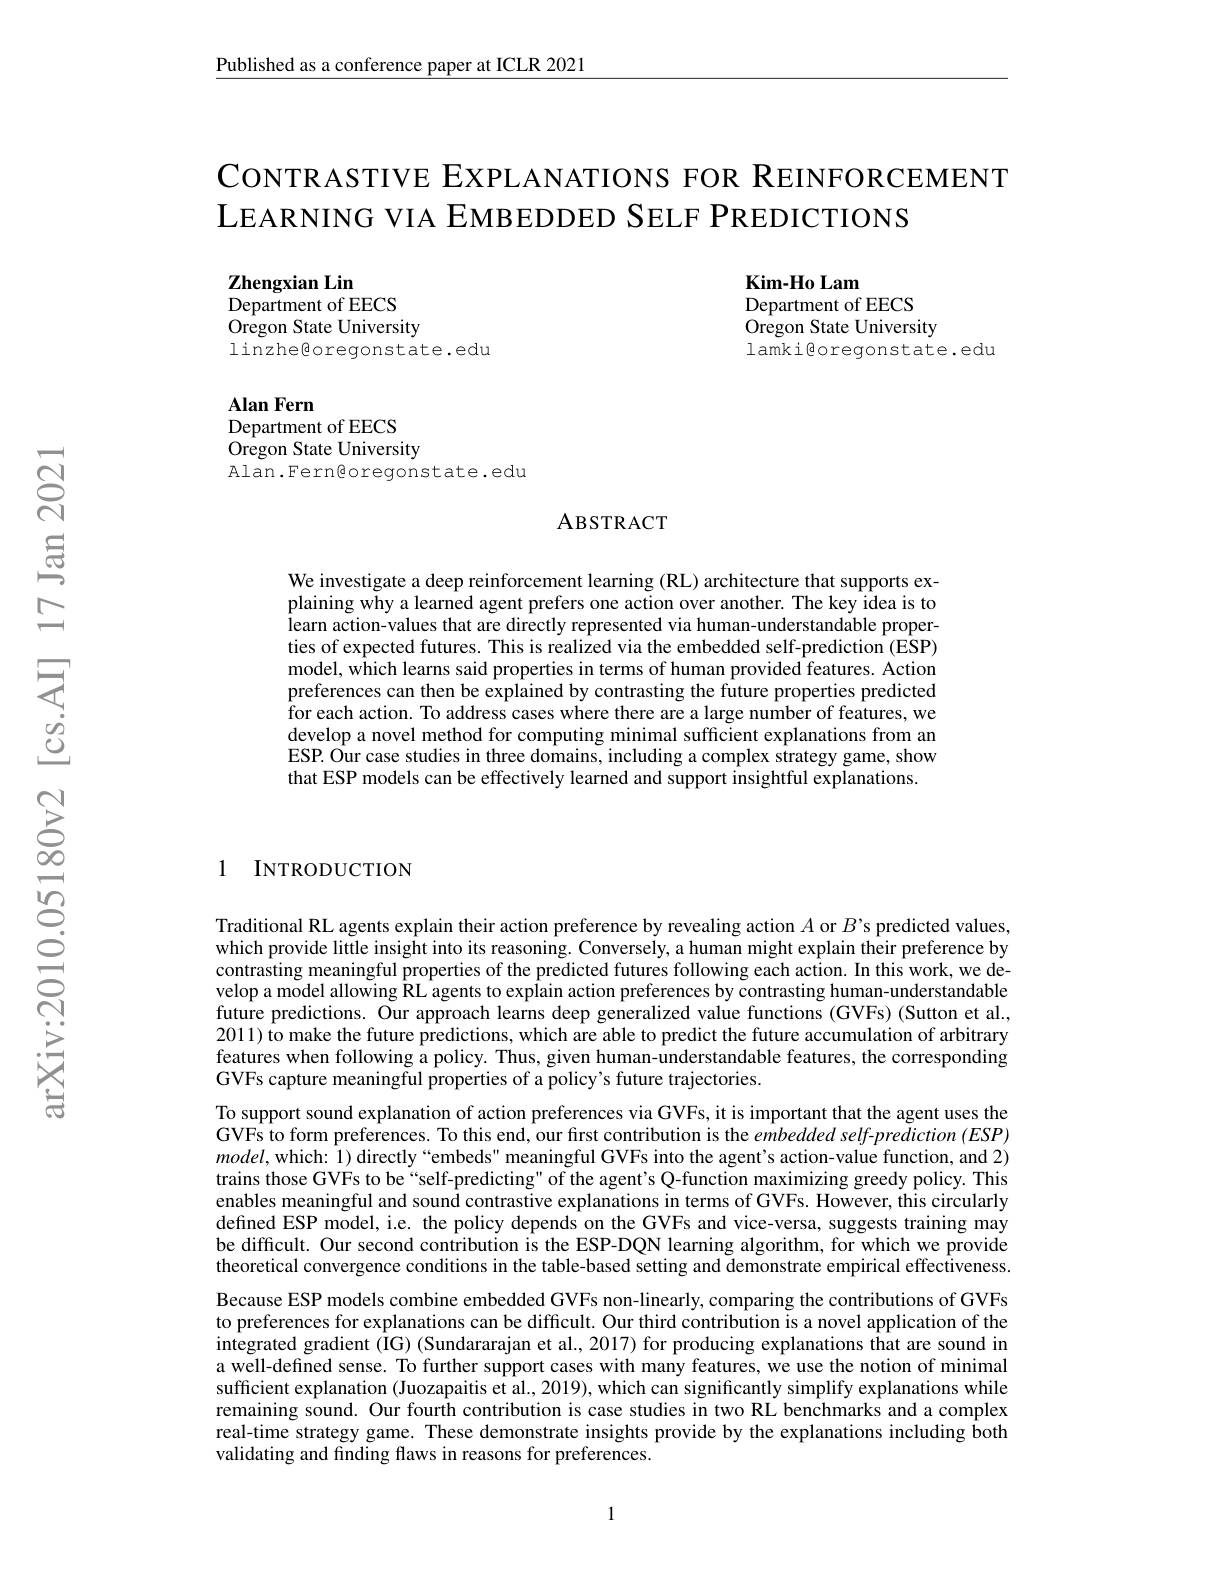
Published as a conference paper at ICLR 2021

CoNTRASTIVE EXPLANATIONS FOR REINFORCEMENT
LEARNING VIA EMBEDDED SELF PREDICTIONS

Kim-Ho Lam
Department of EECS
Oregon State University
lamkigoregonstate.edu

Zhengxian Lin
Department of EECS
Oregon State University
linzheßoregonstate.edu

Alan Fern
Department of EECS Oregon State University Alan.Ferngoregonstate.edu

### ABSTRACT

We investigate a deep reinforcement learning (RL) architecture that supports explaining why a learned agent prefers one action over another. The key idea is to learn action-values that are directly represented via human-understandable properties of expected futures. This is realized via the embedded self-prediction (ESP) model, which learns said properties in terms of human provided features. Action preferences can then be explained by contrasting the future properties predicted for each action. To address cases where there are a large number of features, we develop a novel method for computing minimal sufficient explanations from an ESP. Our case studies in three domains, including a complex strategy game, show that ESP models can be effectively learned and support insightful explanations.

1 INTRODUCTION

Traditional RL agents explain their action preference by revealing action $A$ or $B’$s predicted values, which provide little insight into its reasoning. Conversely, a human might explain their preference by contrasting meaningful properties of the predicted futures following each action. In this work, we develop a model allowing RL agents to explain action preferences by contrasting human-understandable future predictions. Our approach learns deep generalized value functions (GVFs) (Sutton et al., 2011) to make the future predictions, which are able to predict the future accumulation of arbitrary features when following a policy. Thus, given human-understandable features, the corresponding GVFs capture meaningful properties of a policy's future trajectories.
To support sound explanation of action preferences via GVFs, it is important that the agent uses the GVFs to form preferences. To this end, our first contribution is the embedded self-prediction (ESP) $model$,which: 1) directly“embeds" meaningful GVFs into the agent's action-value function, and 2) trains those GVFs to be“self-predicting" of the agent's Q-function maximizing greedy policy. This enables meaningful and sound contrastive explanations in terms of GVFs. However, this circularly defined ESP model, i.e. the policy depends on the GVFs and vice-versa, suggests training may be difficult. Our second contribution is the ESP-DQN learning algorithm, for which we provide theoretical convergence conditions in the table-based setting and demonstrate empirical effectiveness. Because ESP models combine embedded GVFs non-linearly, comparing the contributions of GVFs to preferences for explanations can be difficult. Our third contribution is a novel application of the integrated gradient (IG) (Sundararajan et al., 2017) for producing explanations that are sound in a well-defined sense. To further support cases with many features, we use the notion of minimal sufficient explanation (Juozapaitis et al., 2019), which can significantly simplify explanations while remaining sound. Our fourth contribution is case studies in two RL benchmarks and a complex real-time strategy game. These demonstrate insights provide by the explanations including both validating and finding flaws in reasons for preferences.

1